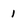
Character: 1